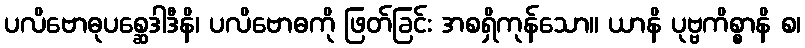
ပလိဗောဓုပစ္ဆေဒါဒီနိ၊ ပလိဗောဓကို ဖြတ်ခြင်း အစရှိကုန်သော။ ယာနိ ပုဗ္ဗကိစ္စာနိ စ၊